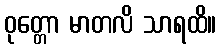
ဝုတ္တော မာတလိ သာရထိ။